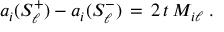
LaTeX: a _ { i } ( S _ { \ell } ^ { + } ) - a _ { i } ( S _ { \ell } ^ { - } ) \, = \, 2 \, t \, M _ { i \ell } \; .